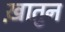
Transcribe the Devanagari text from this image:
ख़ातुन